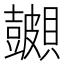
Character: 𬥪